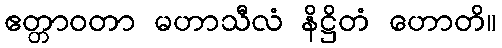
ဧတ္တာဝတာ မဟာသီလံ နိဋ္ဌိတံ ဟောတိ။